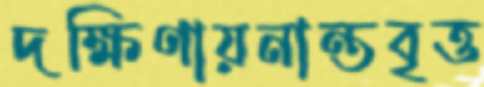
দক্ষিণায়নান্তবৃত্ত